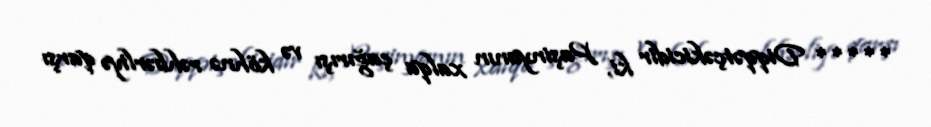
***** Diqqətçəkicidir ki, Paşinyanın xalqa çağırışı və köhnə rəhbərliyə qarşı